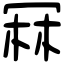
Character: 冧